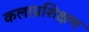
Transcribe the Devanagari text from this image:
कलाप्रशिक्षण